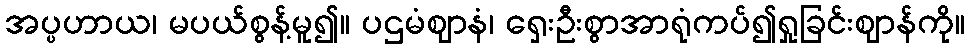
အပ္ပဟာယ၊ မပယ်စွန့်မူ၍။ ပဌမံဈာနံ၊ ရှေးဦးစွာအာရုံကပ်၍ရှုခြင်းဈာန်ကို။